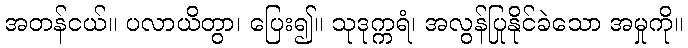
အတန်ငယ်။ ပလာယိတွာ၊ ပြေး၍။ သုဒုက္ကရံ၊ အလွန်ပြုနိုင်ခဲသော အမှုကို။